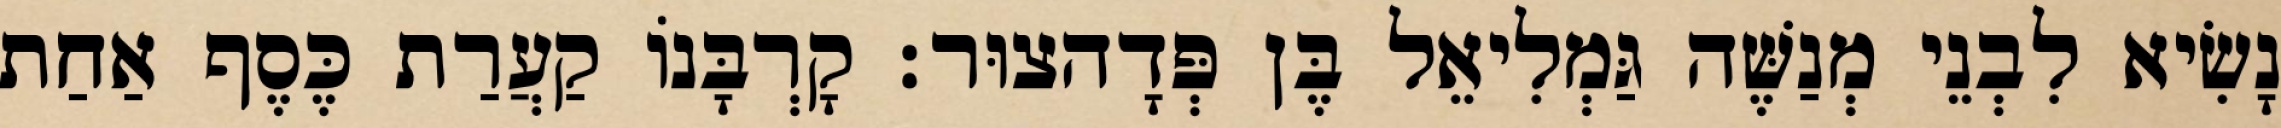
נָשִׂיא לִבְנֵי מְנַשֶּׁה גַּמְלִיאֵל בֶּן פְּדָהצוּר׃ קָרְבָּנוֹ קַעֲרַת כֶּסֶף אַחַת